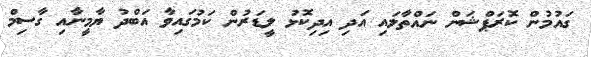
ގައުމުން ކޮރަޕްޝަން ނައްތާލައި އަދި އިދިކޮޅު ލީޑަރުން ކަމުގައިވާ އަބްދު ޔާމީނާއި ގާސިމް